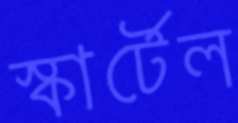
স্কার্টেল